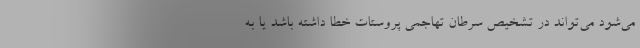
می‌شود می‌تواند در تشخیص سرطان تهاجمی پروستات خطا داشته باشد یا به